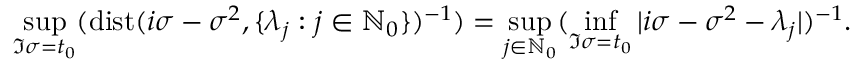
\operatorname* { s u p } _ { \Im { \sigma } = t _ { 0 } } ( \mathrm { d i s t } ( i \sigma - \sigma ^ { 2 } , \lbrace \lambda _ { j } : j \in \mathbb { N } _ { 0 } \rbrace ) ^ { - 1 } ) = \operatorname* { s u p } _ { j \in \mathbb { N } _ { 0 } } ( \operatorname* { i n f } _ { \Im { \sigma } = t _ { 0 } } | i \sigma - \sigma ^ { 2 } - \lambda _ { j } | ) ^ { - 1 } .